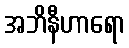
အဘိနီဟာရော